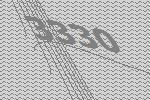
3330